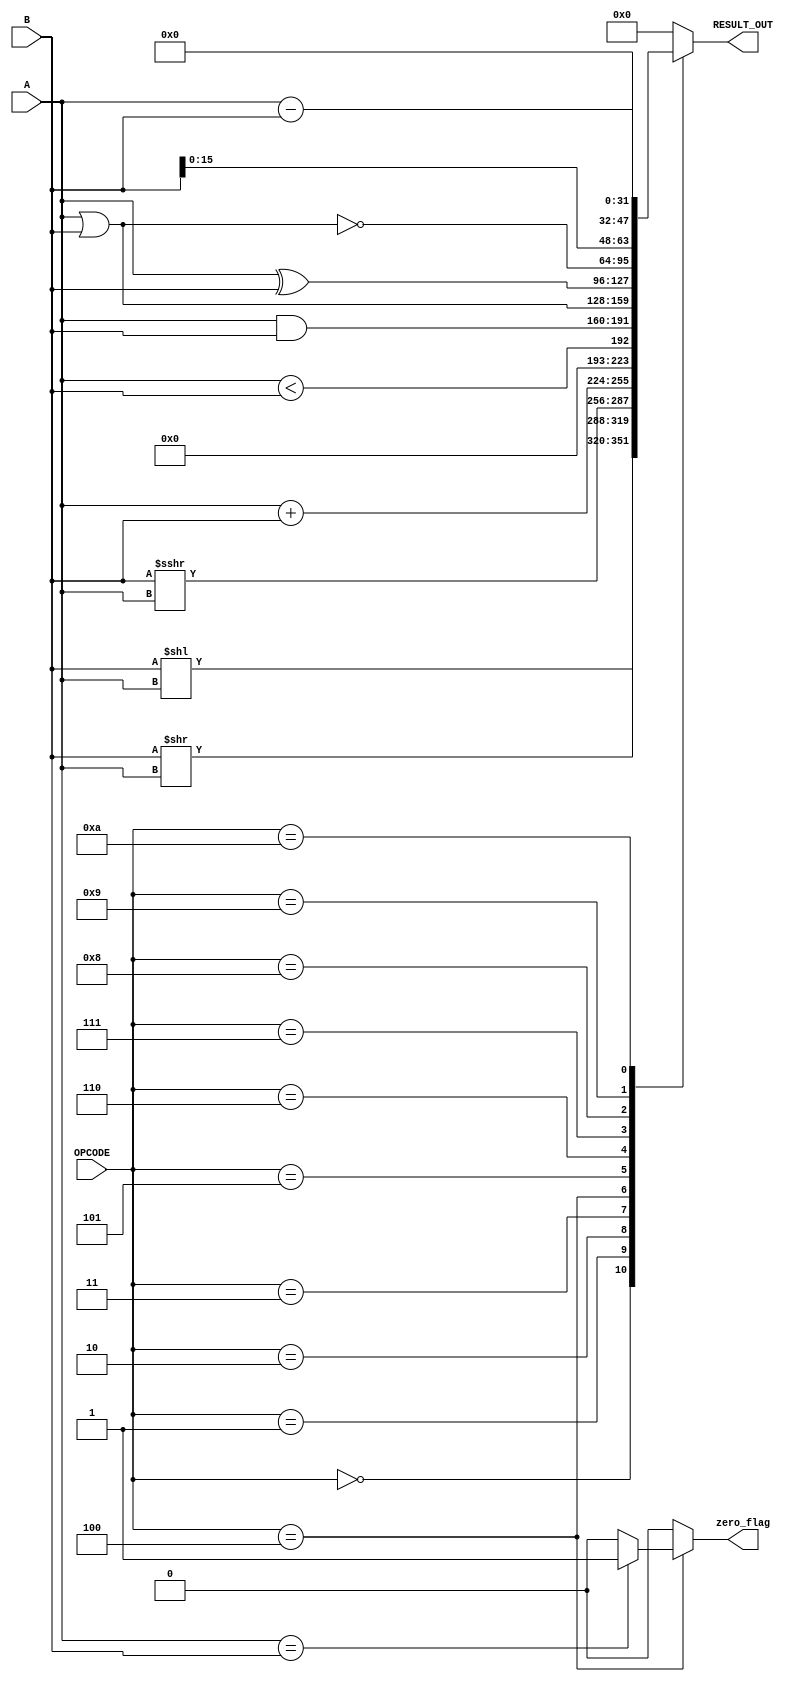
`timescale 1ns / 1ps
//////////////////////////////////////////////////////////////////////////////////
// Company: 
// Engineer: 
// 
// Design Name: 
// Module Name: alu
// Project Name: 
// Target Devices: 
// Tool Versions: 
// Description: 
// 
// Dependencies: 
// 
// Revision:
// Revision 0.01 - File Created
// Additional Comments:
// 
//////////////////////////////////////////////////////////////////////////////////

module alu #(
	parameter lenghtIN = 32,
	parameter lenghtOP = 4
	)(
	//inputs
	A,
	B,
	OPCODE,

	//output
	RESULT_OUT,
	zero_flag
    );

	input signed [lenghtIN-1 : 0] A;
	input signed [lenghtIN-1 : 0] B;
	input signed [lenghtOP-1 : 0] OPCODE;

	output reg [lenghtIN - 1 : 0] RESULT_OUT;
	output reg zero_flag;

	always @(*)
	begin
		zero_flag = 0;

		case (OPCODE)
			4'b 0000: RESULT_OUT = B << A; //shift left
			4'b 0001: RESULT_OUT = B >> A; //shift right logico
			4'b 0010: RESULT_OUT = B >>> A; //shift right aritmetico
			4'b 0011: RESULT_OUT = A + B; //add
			
			4'b 0100: 
			begin
				RESULT_OUT = A < B; //LUI
				zero_flag = A == B ? 1 : 0; //BRANCH
			end

			4'b 0101: RESULT_OUT = A & B; //and
			4'b 0110: RESULT_OUT = A | B; //or
			4'b 0111: RESULT_OUT = A ^ B; //xor
			4'b 1000: RESULT_OUT = ~(A | B); //nor
			4'b 1001: RESULT_OUT = B << 16; //LUI
			4'b 1010: RESULT_OUT = A - B; //restar
			default: RESULT_OUT = 0;
		endcase	
	end

	endmodule